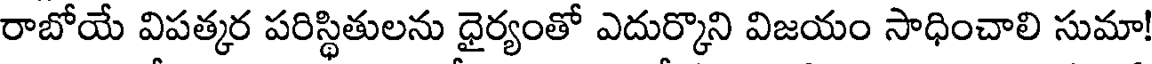
రాబోయే విపత్కర పరిస్థితులను ధైర్యంతో ఎదుర్కొని విజయం సాధించాలి సుమా!